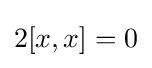
2[x,x]=0